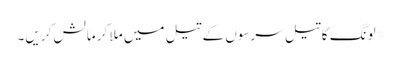
*لونگ کا تیل سرسوں کے تیل میں ملا کر مالش کریں۔